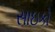
સાઇકો